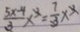
\frac { 5 x - 4 } { 3 } x ^ { 3 } = \frac { 7 } { 3 } x ^ { 3 }